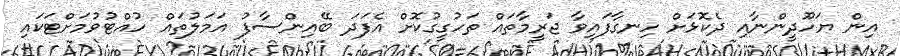
އިން ޔަހޫދީންނާއި ދެކޮޅަށް ހިނގާފައިވާ ޖަރީމާތައް ތަހުގީގުކޮށް އެފަދަ ބޭއިންސާފު އަމަލުތައް ހުއްޓުވުމަށްޓަކައި